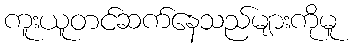
ကူးယူတင်ဆက်နေသည်များကိုမူ